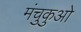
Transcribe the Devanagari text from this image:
मंचुकुओ